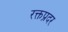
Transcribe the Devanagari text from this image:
रक्तप्रदर